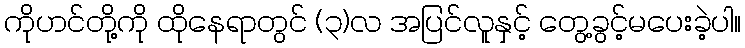
ကိုဟင်တို့ကို ထိုနေရာတွင် (၃)လ အပြင်လူနှင့် တွေ့ခွင့်မပေးခဲ့ပါ။